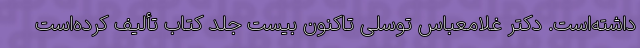
داشته‌است. دکتر غلامعباس توسلی تاکنون بیست جلد کتاب تألیف کرده‌است